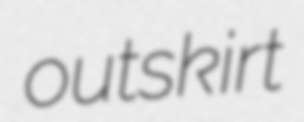
outskirt